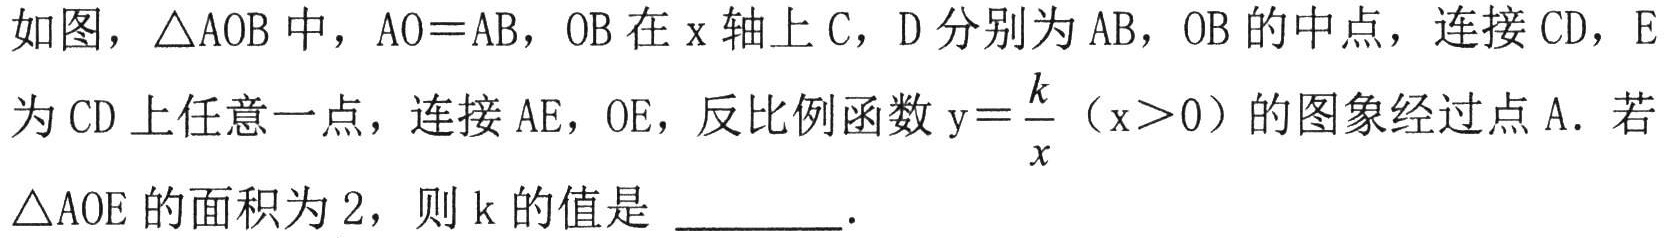
如图，\(\triangle AOB\)中，\(AO = AB\)，\(OB\)在\(x\)轴上\(C\)，\(D\)分别为\(AB\)，\(OB\)的中点，连接\(CD\)，\(E\)为\(CD\)上任意一点，连接\(AE\)，\(OE\)，反比例函数\(y = \frac{k}{x}(x>0)\)的图象经过点\(A\)．若\(\triangle AOE\)的面积为\(2\)，则\(k\)的值是 _________．